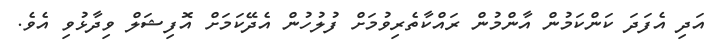
އަދި އެފަދަ ކަންކަމުން އާންމުން ރައްކާތެރިވުމަށް ފުލުހުން އެދޭކަމަށް އޮފިޝަލް ވިދާޅުވި އެވެ.